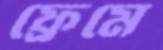
ফ্রেমে